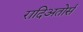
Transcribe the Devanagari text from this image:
रादिअतोर्स